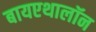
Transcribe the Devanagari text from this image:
बायएथालॉन